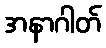
အနာဂါတ်